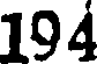
194